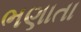
ભણાતા